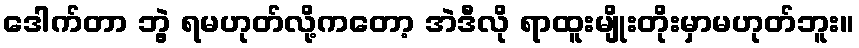
ဒေါက်တာ ဘွဲ့ ရမဟုတ်လို့ကတော့ အဲဒီလို ရာထူးမျိုးတိုးမှာမဟုတ်ဘူး။